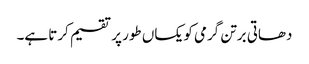
دھاتی برتن گرمی کو یکساں طور پر تقسیم کرتا ہے۔